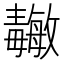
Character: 𱥝